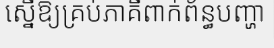
ស្នើឱ្យគ្រប់ភាគីពាក់ព័ន្ធបញ្ហា